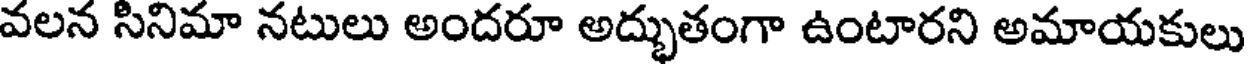
వలన సినిమా నటులు అందరూ అద్భుతంగా ఉంటారని అమాయకులు